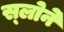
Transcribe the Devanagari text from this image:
स्‍लोने